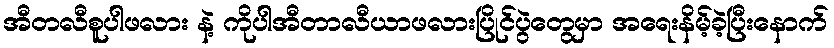
အီတလီစူပါဖလား နဲ့ ကိုပါအီတာလီယာဖလားပြိုင်ပွဲတွေမှာ အရေးနိမ့်ခဲ့ပြီးနောက်